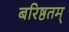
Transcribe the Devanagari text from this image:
बरिष्ठतम्